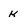
Character: k